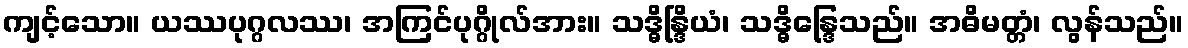
ကျင့်သော။ ယဿပုဂ္ဂလဿ၊ အကြင်ပုဂ္ဂိုလ်အား။ သဒ္ဓိန္ဒြိယံ၊ သဒ္ဓိန္ဒြေသည်။ အဓိမတ္တံ၊ လွန်သည်။